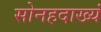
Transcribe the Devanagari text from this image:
सोनहदाख्यं